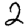
Digit: 2